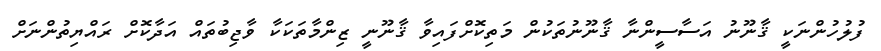
ފުލުހުންނަކީ ޤާނޫނު އަސާސީންނާ ޤާނޫނުތަކުން މަތިކޮށްފައިވާ ޤާނޫނީ ޒިންމާތަކަކާ ވާޖިބުތައް އަދާކޮށް ރައްޔިތުންނަށް